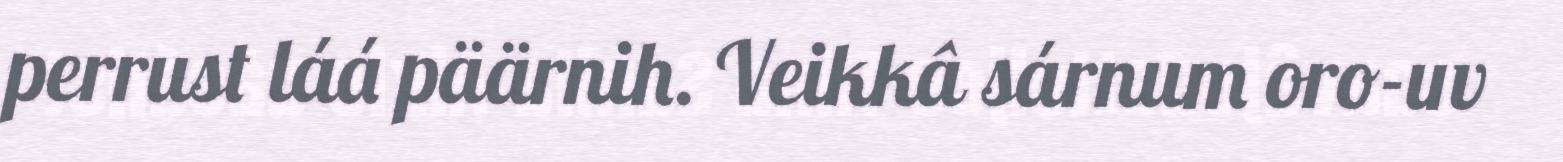
perrust láá päärnih. Veikkâ sárnum oro-uv